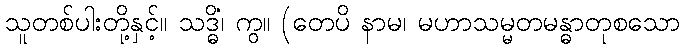
သူတစ်ပါးတို့နှင့်။ သဒ္ဓိံ၊ ကွ။ (တေပိ နာမ၊ မဟာသမ္မတမန္ဓာတုစသော